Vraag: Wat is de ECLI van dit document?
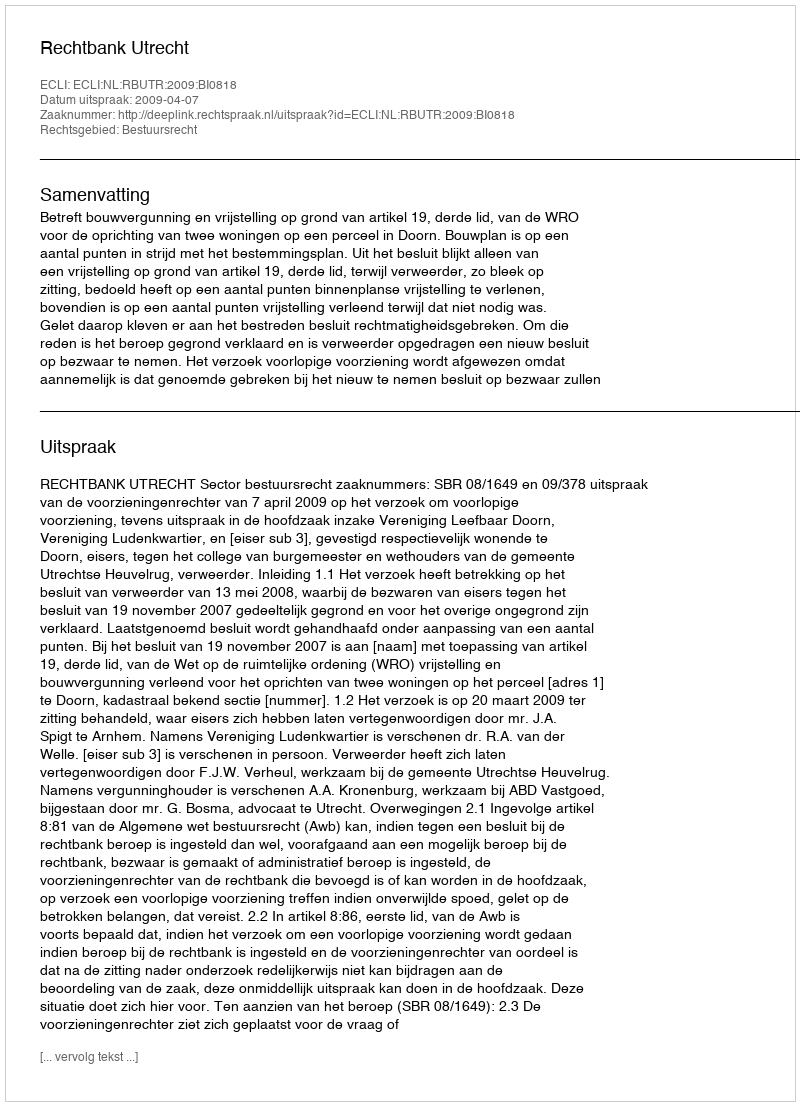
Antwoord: ECLI:NL:RBUTR:2009:BI0818